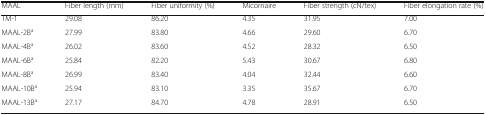
<table><thead><tr><td><b>MAAL</b></td><td><b>Fiber length (mm)</b></td><td><b>Fiber uniformity (%)</b></td><td><b>Micornaire</b></td><td><b>Fiber strength (cN/tex)</b></td><td><b>Fiber elongation rate (%)</b></td></tr></thead><tbody><tr><td>TM-1</td><td>29.08</td><td>86.20</td><td>4.35</td><td>31.95</td><td>7.00</td></tr><tr><td>MAAL-2B<sup>a</sup></td><td>27.99</td><td>83.80</td><td>4.66</td><td>29.60</td><td>6.70</td></tr><tr><td>MAAL-4B<sup>a</sup></td><td>26.02</td><td>83.60</td><td>4.52</td><td>28.32</td><td>6.50</td></tr><tr><td>MAAL-6B<sup>a</sup></td><td>25.84</td><td>82.20</td><td>5.43</td><td>30.67</td><td>6.80</td></tr><tr><td>MAAL-8B<sup>a</sup></td><td>26.99</td><td>83.40</td><td>4.04</td><td>32.44</td><td>6.60</td></tr><tr><td>MAAL-10B<sup>a</sup></td><td>25.94</td><td>83.10</td><td>3.35</td><td>35.67</td><td>6.70</td></tr><tr><td>MAAL-13B<sup>a</sup></td><td>27.17</td><td>84.70</td><td>4.78</td><td>28.91</td><td>6.50</td></tr></tbody></table>